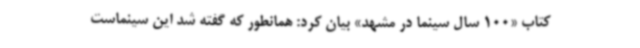
کتاب «100 سال سینما در مشهد» بیان کرد: همانطور که گفته شد این سینماست